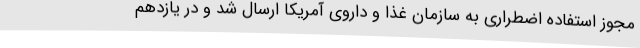
مجوز استفاده اضطراری به سازمان غذا و داروی آمریکا ارسال شد و در یازدهم